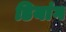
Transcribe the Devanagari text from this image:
डियांग